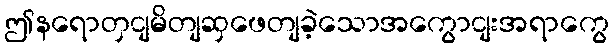
ဤနရောတှငျမိတျဆှဖေတျခဲ့သောအကွောငျးအရာကွေ